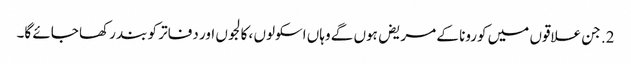
2. جن علاقوں میں کورونا کے مریض ہوں گے وہاں اسکولوں ، کالجوں اور دفاتر کو بند رکھا جائے گا۔